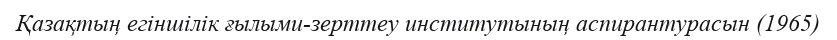
Қазақтың егіншілік ғылыми-зерттеу институтының аспирантурасын (1965)